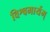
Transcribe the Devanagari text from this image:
विश्वमार्यम्‌